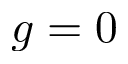
g = 0